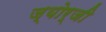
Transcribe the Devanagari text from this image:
ज्योर्जी